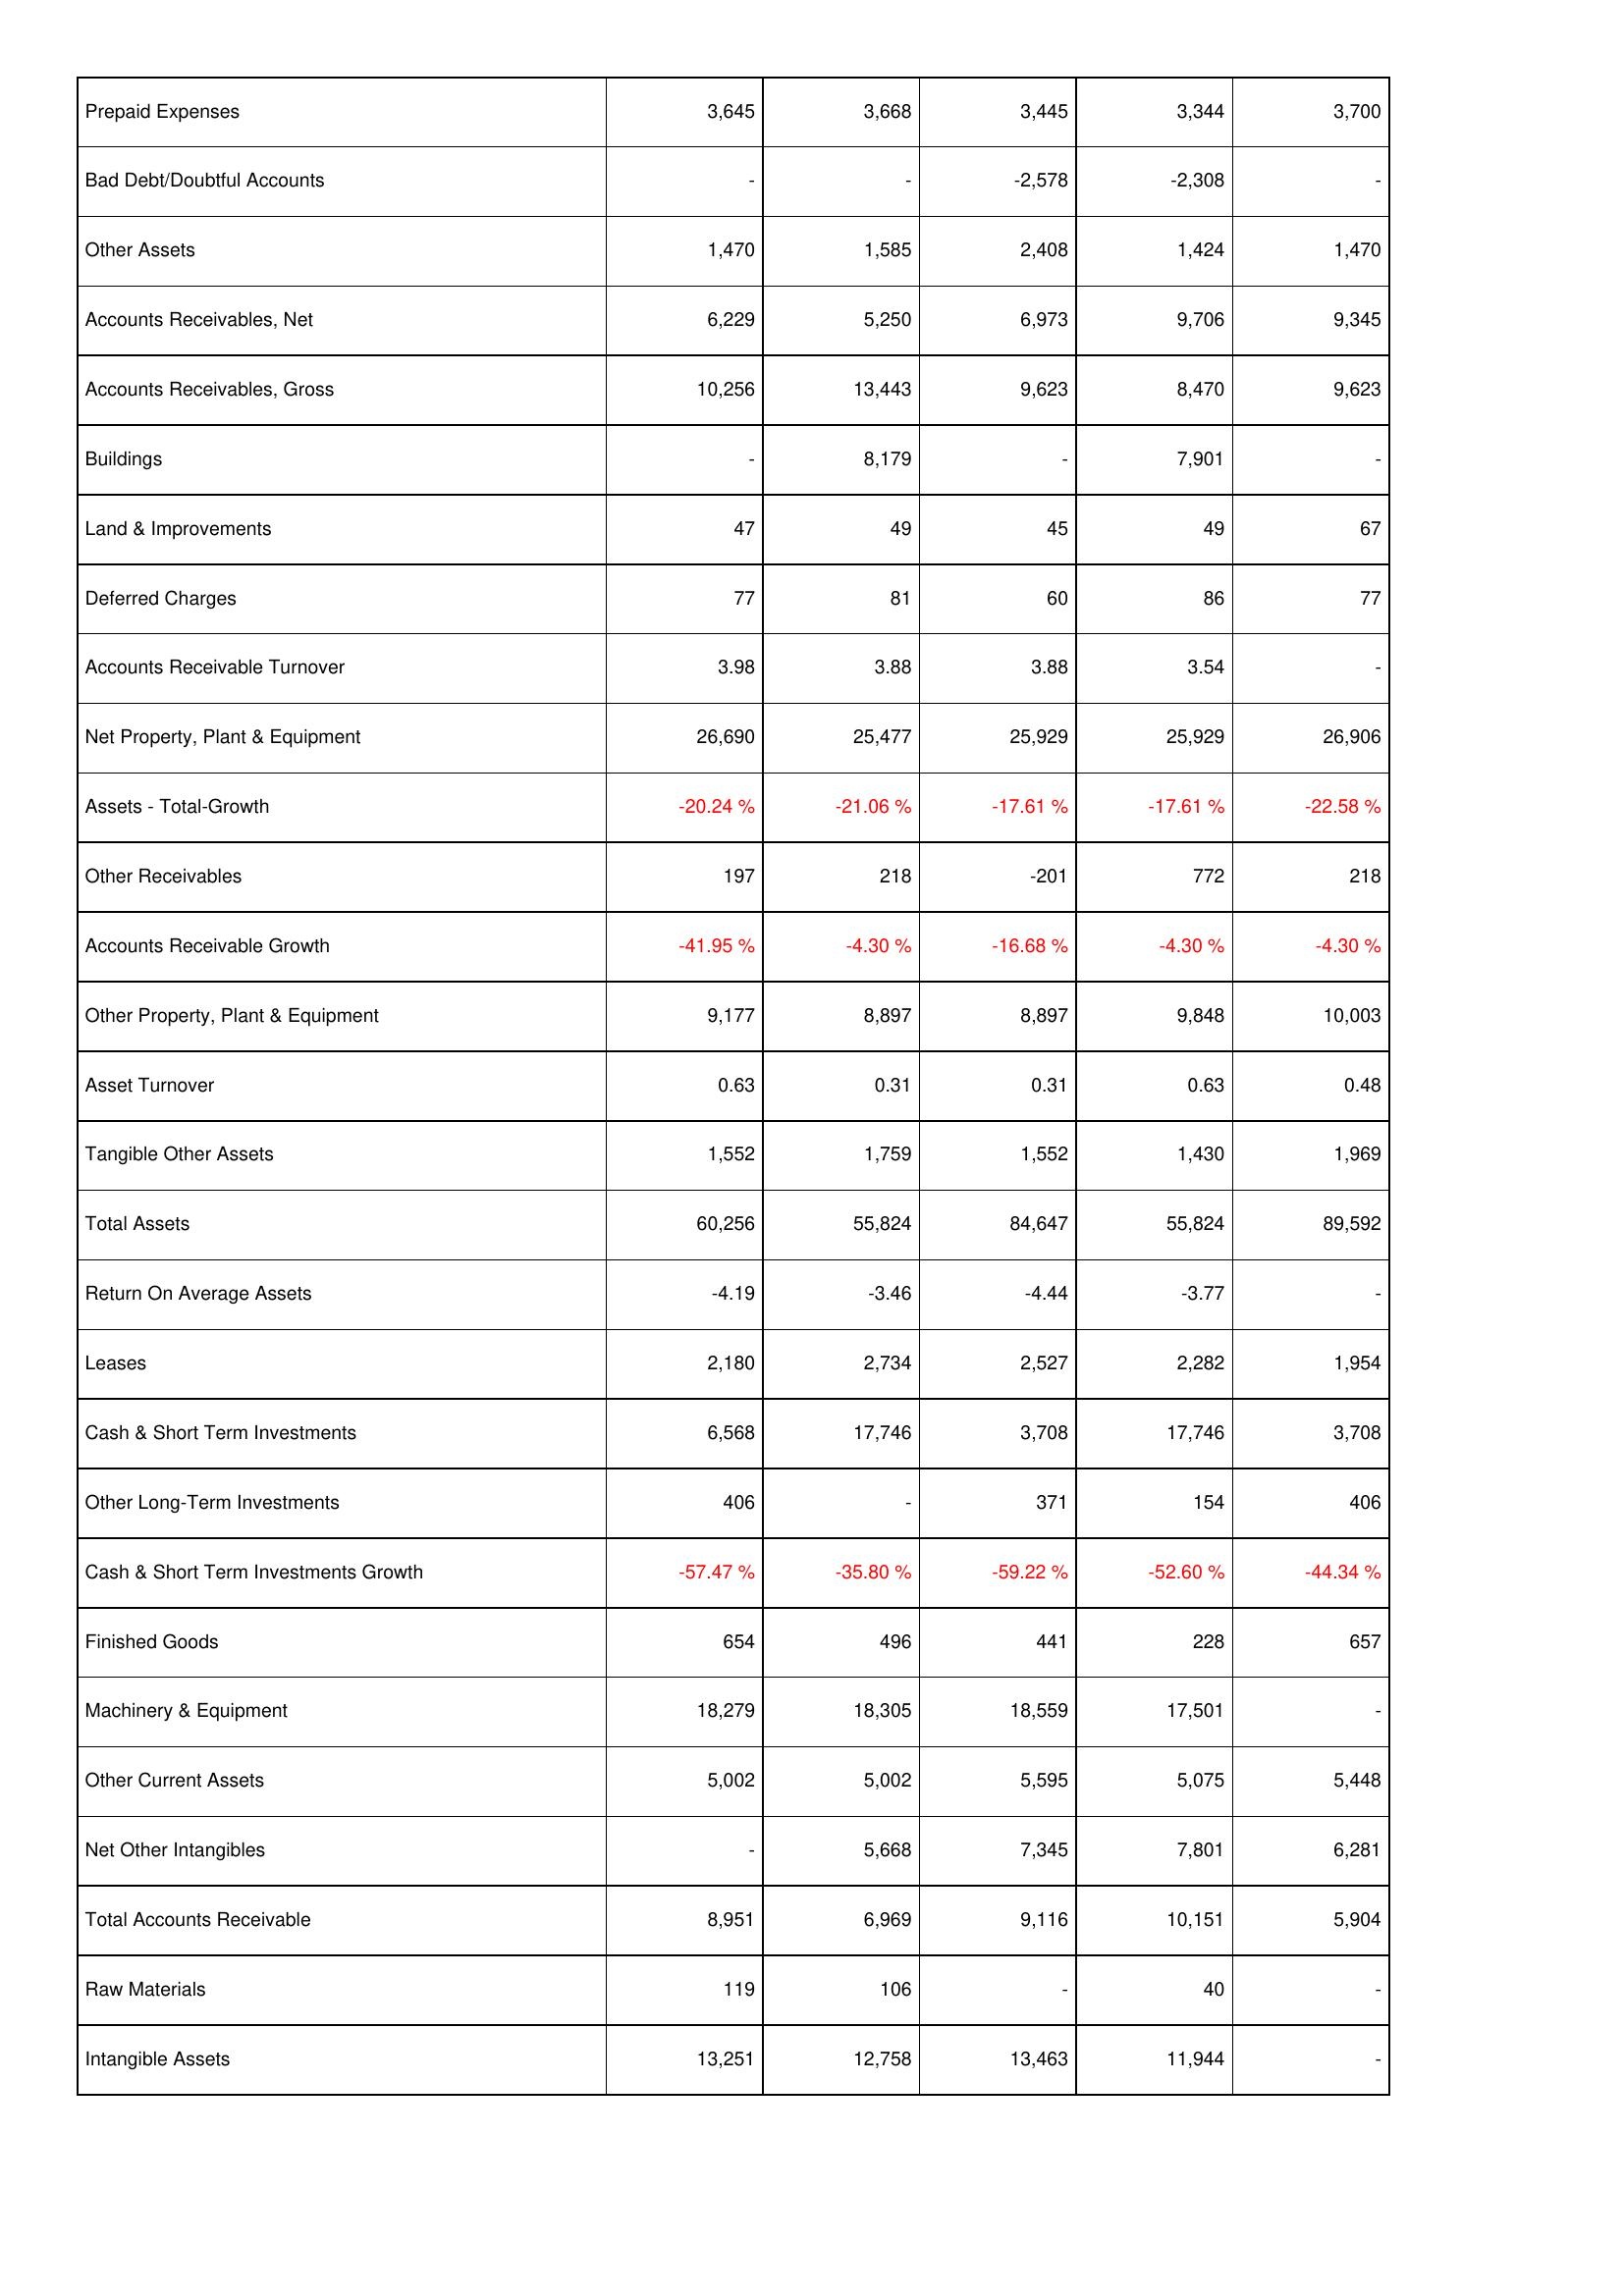
2018: Assets: Prepaid Expenses: 3,645
Bad Debt/Doubtful Accounts: -
Other Assets: 1,470
Accounts Receivables, Net: 6,229
Accounts Receivables, Gross: 10,256
Buildings: -
Land & Improvements: 47
Deferred Charges: 77
Accounts Receivable Turnover: 3.98
Net Property, Plant & Equipment: 26,690
Assets - Total-Growth: -20.24 %
Other Receivables: 197
Accounts Receivable Growth: -41.95 %
Other Property, Plant & Equipment: 9,177
Asset Turnover: 0.63
Tangible Other Assets: 1,552
Total Assets: 60,256
Return On Average Assets: -4.19
Leases: 2,180
Cash & Short Term Investments: 6,568
Other Long-Term Investments: 406
Cash & Short Term Investments Growth: -57.47 %
Finished Goods: 654
Machinery & Equipment: 18,279
Other Current Assets: 5,002
Net Other Intangibles: -
Total Accounts Receivable: 8,951
Raw Materials: 119
Intangible Assets: 13,251
2017: Assets: Prepaid Expenses: 3,668
Bad Debt/Doubtful Accounts: -
Other Assets: 1,585
Accounts Receivables, Net: 5,250
Accounts Receivables, Gross: 13,443
Buildings: 8,179
Land & Improvements: 49
Deferred Charges: 81
Accounts Receivable Turnover: 3.88
Net Property, Plant & Equipment: 25,477
Assets - Total-Growth: -21.06 %
Other Receivables: 218
Accounts Receivable Growth: -4.30 %
Other Property, Plant & Equipment: 8,897
Asset Turnover: 0.31
Tangible Other Assets: 1,759
Total Assets: 55,824
Return On Average Assets: -3.46
Leases: 2,734
Cash & Short Term Investments: 17,746
Other Long-Term Investments: -
Cash & Short Term Investments Growth: -35.80 %
Finished Goods: 496
Machinery & Equipment: 18,305
Other Current Assets: 5,002
Net Other Intangibles: 5,668
Total Accounts Receivable: 6,969
Raw Materials: 106
Intangible Assets: 12,758
2016: Assets: Prepaid Expenses: 3,445
Bad Debt/Doubtful Accounts: -2,578
Other Assets: 2,408
Accounts Receivables, Net: 6,973
Accounts Receivables, Gross: 9,623
Buildings: -
Land & Improvements: 45
Deferred Charges: 60
Accounts Receivable Turnover: 3.88
Net Property, Plant & Equipment: 25,929
Assets - Total-Growth: -17.61 %
Other Receivables: -201
Accounts Receivable Growth: -16.68 %
Other Property, Plant & Equipment: 8,897
Asset Turnover: 0.31
Tangible Other Assets: 1,552
Total Assets: 84,647
Return On Average Assets: -4.44
Leases: 2,527
Cash & Short Term Investments: 3,708
Other Long-Term Investments: 371
Cash & Short Term Investments Growth: -59.22 %
Finished Goods: 441
Machinery & Equipment: 18,559
Other Current Assets: 5,595
Net Other Intangibles: 7,345
Total Accounts Receivable: 9,116
Raw Materials: -
Intangible Assets: 13,463
2015: Assets: Prepaid Expenses: 3,344
Bad Debt/Doubtful Accounts: -2,308
Other Assets: 1,424
Accounts Receivables, Net: 9,706
Accounts Receivables, Gross: 8,470
Buildings: 7,901
Land & Improvements: 49
Deferred Charges: 86
Accounts Receivable Turnover: 3.54
Net Property, Plant & Equipment: 25,929
Assets - Total-Growth: -17.61 %
Other Receivables: 772
Accounts Receivable Growth: -4.30 %
Other Property, Plant & Equipment: 9,848
Asset Turnover: 0.63
Tangible Other Assets: 1,430
Total Assets: 55,824
Return On Average Assets: -3.77
Leases: 2,282
Cash & Short Term Investments: 17,746
Other Long-Term Investments: 154
Cash & Short Term Investments Growth: -52.60 %
Finished Goods: 228
Machinery & Equipment: 17,501
Other Current Assets: 5,075
Net Other Intangibles: 7,801
Total Accounts Receivable: 10,151
Raw Materials: 40
Intangible Assets: 11,944
2014: Assets: Prepaid Expenses: 3,700
Bad Debt/Doubtful Accounts: -
Other Assets: 1,470
Accounts Receivables, Net: 9,345
Accounts Receivables, Gross: 9,623
Buildings: -
Land & Improvements: 67
Deferred Charges: 77
Accounts Receivable Turnover: -
Net Property, Plant & Equipment: 26,906
Assets - Total-Growth: -22.58 %
Other Receivables: 218
Accounts Receivable Growth: -4.30 %
Other Property, Plant & Equipment: 10,003
Asset Turnover: 0.48
Tangible Other Assets: 1,969
Total Assets: 89,592
Return On Average Assets: -
Leases: 1,954
Cash & Short Term Investments: 3,708
Other Long-Term Investments: 406
Cash & Short Term Investments Growth: -44.34 %
Finished Goods: 657
Machinery & Equipment: -
Other Current Assets: 5,448
Net Other Intangibles: 6,281
Total Accounts Receivable: 5,904
Raw Materials: -
Intangible Assets: -